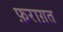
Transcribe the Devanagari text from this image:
फ़राग़त